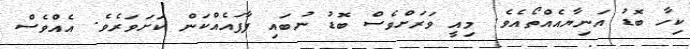
ކިހާ ބޮޑު އަނިޔާއެއްތޯއެވެ. މިއީ ވަރަށްވެސް ބޮޑު ނުބައި ފާފައެއްކަން ކަށަވަރެވެ. އެއްވެސް